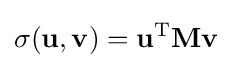
\sigma (\mathbf {u} ,\mathbf {v} )=\mathbf {u} ^{\operatorname {T} }\mathbf {M} \mathbf {v}